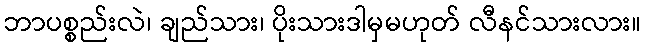
ဘာပစ္စည်းလဲ၊ ချည်သား၊ ပိုးသားဒါမှမဟုတ် လီနင်သားလား။